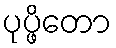
ပုပ္ဖိတော